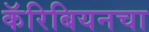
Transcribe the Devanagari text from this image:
कॅरिबियनचा